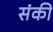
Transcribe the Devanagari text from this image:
संकी